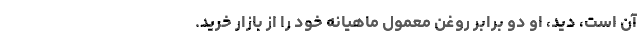
آن است، دید، او دو برابر روغن معمول ماهیانه خود را از بازار خرید.